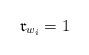
LaTeX: \begin{align*} \mathfrak{r}_{w_i}=1 \end{align*}